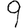
Digit: 9